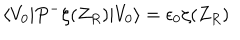
LaTeX: \langle V _ { 0 } \vert P ^ { - } \zeta ( Z _ { R } ) \vert V _ { 0 } \rangle = \epsilon _ { 0 } \zeta ( Z _ { R } )